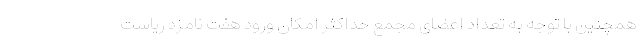
همچنین با توجه به تعداد اعضای مجمع حداکثر امکان ورود هفت نامزد ریاست